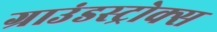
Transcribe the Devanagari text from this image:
ग्राउंडस्ट्रोक्स